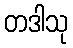
တဒါသု